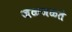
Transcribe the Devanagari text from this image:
जळजळते